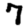
Digit: 7